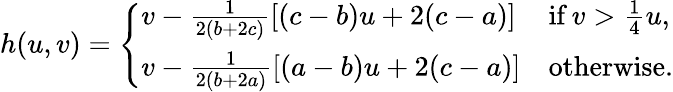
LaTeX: h(u,v)=\left\{ \begin{array}{ll}{v-\frac{1}{2(b+2c)}\left[(c-b)u+2(c-a)\right]}&{\mathrm{if}\, v>\frac{1}{4}u,}\\ {v-\frac{1}{2(b+2a)}\left[(a-b)u+2(c-a)\right]}&{\mathrm{otherwise}.}\end{array}\right.